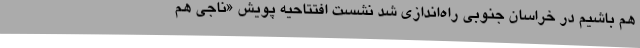
هم باشیم در خراسان جنوبی راه‌اندازی شد نشست افتتاحیه پویش «ناجی هم